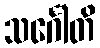
သင်္ဂေါတိ